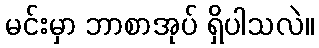
မင်းမှာ ဘာစာအုပ် ရှိပါသလဲ။